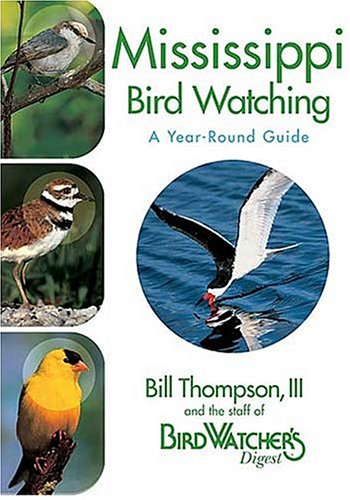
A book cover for Mississippi Bird Watching: A Year-Round Guide; Bill Thompson III; Travel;